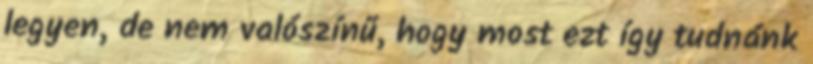
legyen, de nem valószínű, hogy most ezt így tudnánk